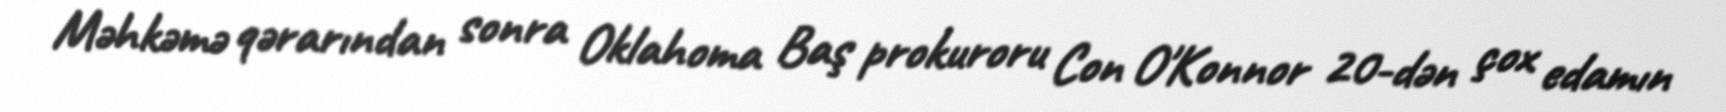
Məhkəmə qərarından sonra Oklahoma Baş prokuroru Con O'Konnor 20-dən çox edamın